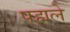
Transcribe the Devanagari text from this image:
पह्मले